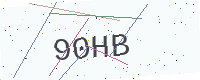
Text: 90HB